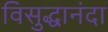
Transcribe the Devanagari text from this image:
विसुद्धानंदा